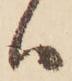
ハ